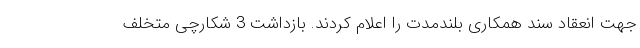
جهت انعقاد سند همکاری بلندمدت را اعلام کردند. بازداشت 3 شکارچی متخلف